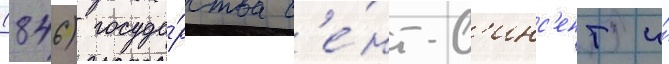
(846) госуда́рства с'е́нт-в'инс'ент и́